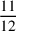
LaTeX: \frac { 1 1 } { 1 2 }